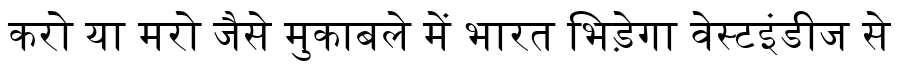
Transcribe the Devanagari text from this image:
करो या मरो जैसे मुकाबले में भारत भिड़ेगा वेस्टइंडीज से